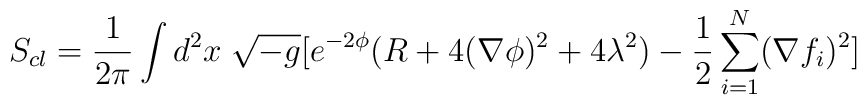
S_{cl}=\frac{1}{2\pi}\int d^{2}x \; \sqrt{-g}[e^{-2\phi}(R+4(\nabla\phi)^{2}+4 \lambda^{2})-\frac{1}{2}\sum_{i=1}^{N}(\nabla f_{i})^{2}]